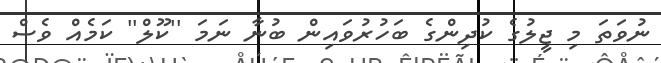
ނުވަތަ މި ޖީލުގެ ކުދިންގެ ބަހުރުވައިން ބުނާ ނަމަ ''ކޫލް'' ކަމެއް ވެސް